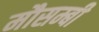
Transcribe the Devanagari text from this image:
मौसम्बी